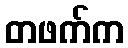
တဖက်က